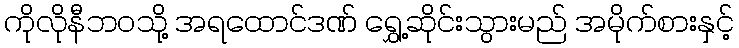
ကိုလိုနီဘဝသို့ အရထောင်ဒဏ် ရွှေ့ဆိုင်းသွားမည် အမိုက်စားနှင့်